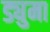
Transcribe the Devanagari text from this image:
ड्युमा